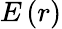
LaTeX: E\left(r\right)